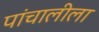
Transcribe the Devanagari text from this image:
पांचालीला